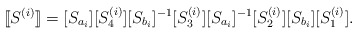
\begin{align*}[\hspace{-0.7mm}[S^{(i)}]\hspace{-0.7mm}]=[S_{a_i}][S_4^{(i)}][S_{b_i}]^{-1}[S_3^{(i)}][S_{a_i}]^{-1}[S_2^{(i)}][S_{b_i}][S_1^{(i)}].\end{align*}